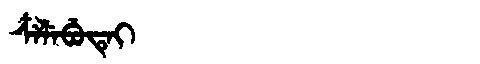
Manchu: ᠴᠶᠯᡝᠪᡠᡨᡝᡳ
Romanization: CYLEBUTEI